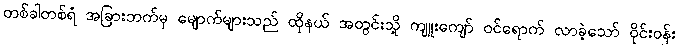
တစ်ခါတစ်ရံ အခြားဘက်မှ မျောက်များသည် ထိုနယ် အတွင်းသို့ ကျူးကျော် ဝင်ရောက် လာခဲ့သော် ဝိုင်းဝန်း